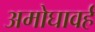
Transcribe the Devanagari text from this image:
अमोघावर्ह